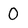
Character: 0